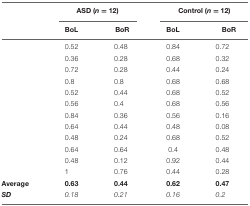
<table><thead><tr><td>[EMPTY_CELL]</td><td colspan="2"><b>ASD (<i>n</i> = 12)</b></td><td colspan="2"><b>Control (<i>n</i> = 12)</b></td></tr><tr><td>[EMPTY_CELL]</td><td><b>BoL</b></td><td><b>BoR</b></td><td><b>BoL</b></td><td><b>BoR</b></td></tr></thead><tbody><tr><td>[EMPTY_CELL]</td><td>0.52</td><td>0.48</td><td>0.84</td><td>0.72</td></tr><tr><td>[EMPTY_CELL]</td><td>0.36</td><td>0.28</td><td>0.68</td><td>0.32</td></tr><tr><td>[EMPTY_CELL]</td><td>0.72</td><td>0.28</td><td>0.44</td><td>0.24</td></tr><tr><td>[EMPTY_CELL]</td><td>0.8</td><td>0.8</td><td>0.68</td><td>0.68</td></tr><tr><td>[EMPTY_CELL]</td><td>0.52</td><td>0.44</td><td>0.68</td><td>0.52</td></tr><tr><td>[EMPTY_CELL]</td><td>0.56</td><td>0.4</td><td>0.68</td><td>0.56</td></tr><tr><td>[EMPTY_CELL]</td><td>0.84</td><td>0.36</td><td>0.56</td><td>0.16</td></tr><tr><td>[EMPTY_CELL]</td><td>0.64</td><td>0.44</td><td>0.48</td><td>0.08</td></tr><tr><td>[EMPTY_CELL]</td><td>0.48</td><td>0.24</td><td>0.68</td><td>0.52</td></tr><tr><td>[EMPTY_CELL]</td><td>0.64</td><td>0.64</td><td>0.4</td><td>0.48</td></tr><tr><td>[EMPTY_CELL]</td><td>0.48</td><td>0.12</td><td>0.92</td><td>0.44</td></tr><tr><td>[EMPTY_CELL]</td><td>1</td><td>0.76</td><td>0.44</td><td>0.28</td></tr><tr><td><b>Average</b></td><td><b>0.63</b></td><td><b>0.44</b></td><td><b>0.62</b></td><td><b>0.47</b></td></tr><tr><td><b><i>SD</i></b></td><td><i>0.18</i></td><td><i>0.21</i></td><td><i>0.16</i></td><td><i>0.2</i></td></tr></tbody></table>